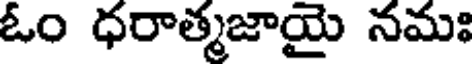
ఓం ధరాత్మజాయై నమః